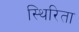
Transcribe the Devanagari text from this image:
स्थिरिता